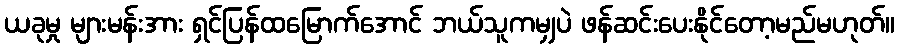
ယခုမှု များမန်းအား ရှင်ပြန်ထမြောက်အောင် ဘယ်သူကမျှပဲ ဖန်ဆင်းပေးနိုင်တော့မည်မဟုတ်။